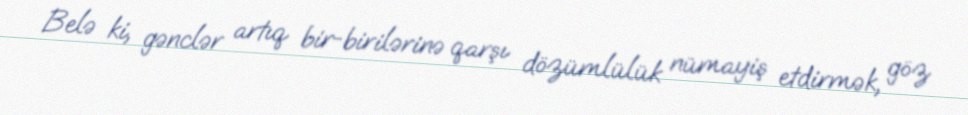
Belə ki, gənclər artıq bir-birilərinə qarşı dözümlülük nümayiş etdirmək, göz